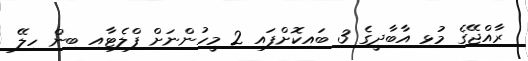
ރާއްޖޭގެ މުޅި އާބާދީގެ 3 ބައިކޮށްފައި 2 މީހުންނަށް ފްލެޓާއި ބިން ހިލޭ